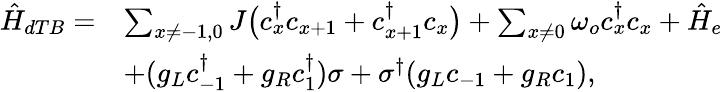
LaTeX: \begin{array}{rl}{\hat{H}_{dTB}=}&{\sum_{x\ne-1,0}J\big(c_{x}^{\dagger}c_{x+1}+c_{x+1}^{\dagger}c_{x}\big)+\sum_{x\ne 0}\omega_{o}c_{x}^{\dagger}c_{x}+\hat{H}_{e}}\\ &{+(g_{L}c_{-1}^{\dagger}+g_{R}c_{1}^{\dagger})\sigma+\sigma^{\dagger}(g_{L}c_{-1}+g_{R}c_{1}),}\end{array}